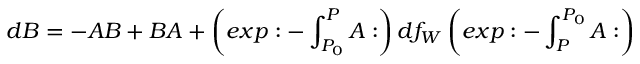
d B = - A B + B A + \left( e x p : - \int _ { P _ { 0 } } ^ { P } A : \right) d f _ { W } \left( e x p : - \int _ { P } ^ { P _ { 0 } } A : \right)